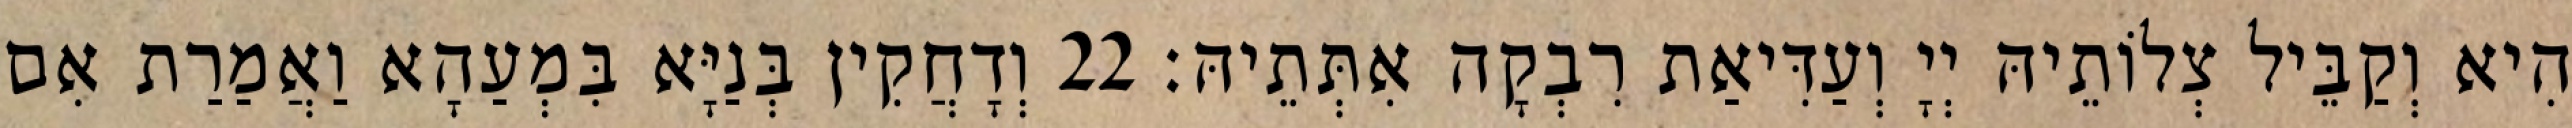
הִיא וְקַבֵּיל צְלוֹתֵיהּ יְיָ וְעַדִּיאַת רִבְקָה אִתְּתֵיהּ׃ 22 וְדָחֲקִין בְּנַיָּא בִּמְעַהָא וַאֲמַרַת אִם